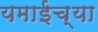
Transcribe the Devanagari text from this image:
यमाईच्या